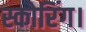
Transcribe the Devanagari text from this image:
स्कोरिंग।